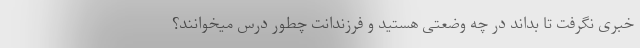
خبری نگرفت تا بداند در چه وضعتی هستید و فرزندانت چطور درس میخوانند؟